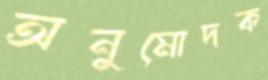
অনুমোদক